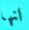
انها